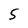
Character: 5